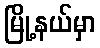
မြို့နယ်မှာ